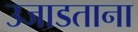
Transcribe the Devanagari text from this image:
उजाडताना